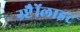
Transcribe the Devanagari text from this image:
ग्र्प्टैैोंलाइट